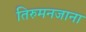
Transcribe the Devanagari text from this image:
तिरुमनजाना